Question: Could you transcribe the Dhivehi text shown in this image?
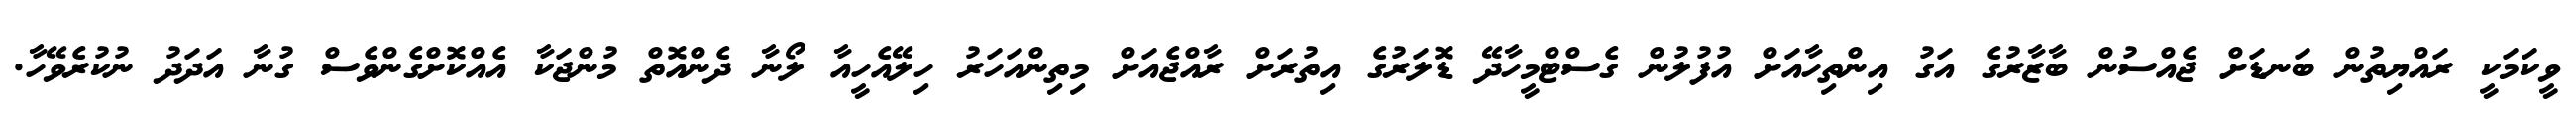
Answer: ވީކަމަކީ ރައްޔިތުން ބަނޑަށް ޖެއްސުން ބާޒާރުގެ އަގު އިންތިހާއަށް އުފުލުން ގެސްޓްމީހާދޭ ޑޮލަރުގެ އިތުރަށް ރާއްޖެއަށް މިތިންއަހަރު ހިލޭއެހީއާ ލޯނާ ދެންއޮތް މުންޖަކާ އެއްކޮށްގެންވެސް ގުނާ އަދަދު ނުކުރެވޭހާ.